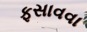
ફસાવવા